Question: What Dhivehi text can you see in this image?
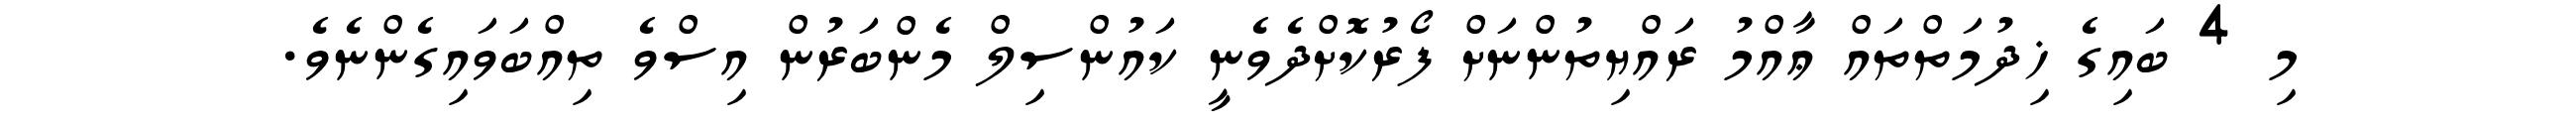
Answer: މި 4 ބައިގެ ޚިދުމަތްތައް ޢާއްމު ރައްޔިތުންނަށް ފޯރުކޮށްދެވެނީ ކައުންސިލް މެންބަރުން އިސްވެ ތިއްބަވައިގެންނެވެ.